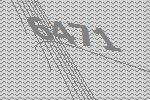
6471